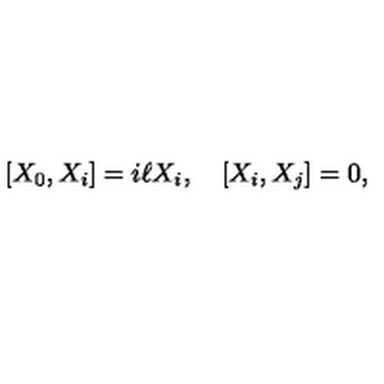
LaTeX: [ X _ { 0 } , X _ { i } ] = i \ell X _ { i } , \quad [ X _ { i } , X _ { j } ] = 0 ,